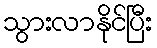
သွားလာနိုင်ပြီး